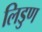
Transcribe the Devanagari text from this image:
लिडुण